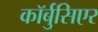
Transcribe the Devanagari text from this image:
कॉर्बुसिएर